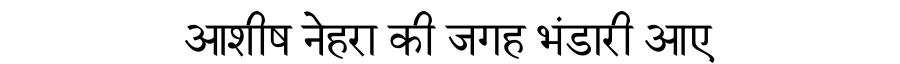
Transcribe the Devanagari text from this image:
आशीष नेहरा की जगह भंडारी आए